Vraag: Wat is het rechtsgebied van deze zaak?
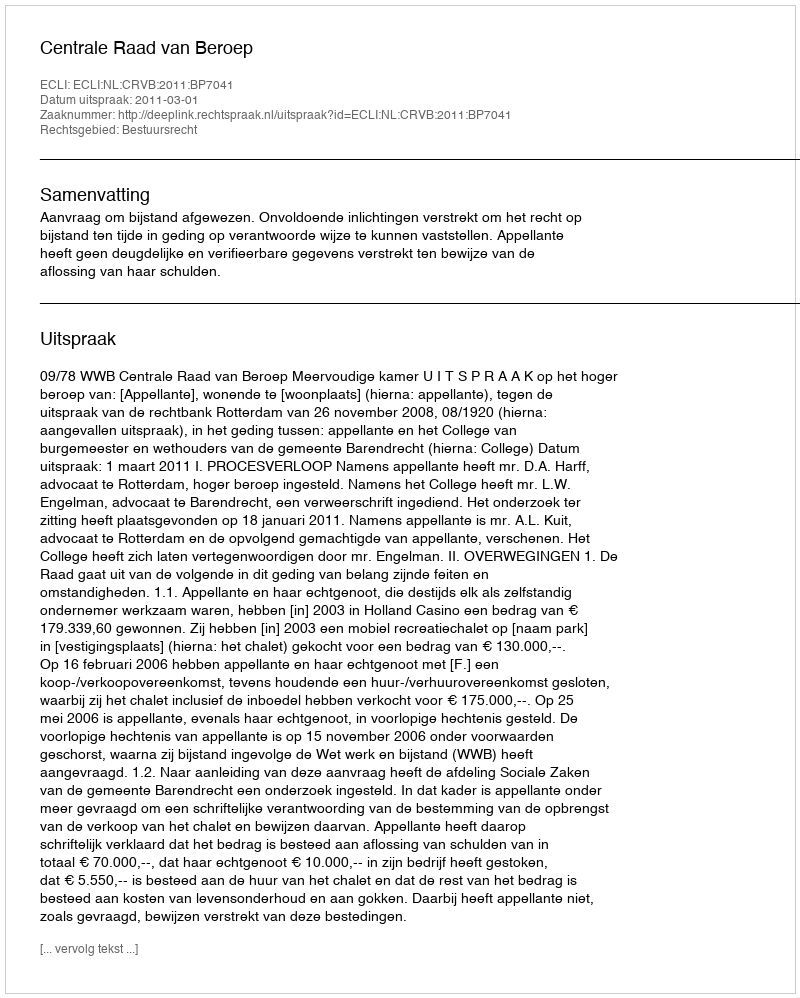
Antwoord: Bestuursrecht